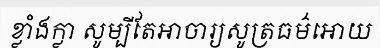
ខ្លាំងក្លា សូម្បីតែអាចារ្យសូត្រធម៌អោយ